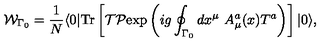
{ \cal W } _ { \Gamma { _ 0 } } = { \frac { 1 } { N } } \langle 0 | \mathrm { T r } \left[ { \cal T } { \cal P } \mathrm { e x p } \left( i g \oint _ { \Gamma { _ 0 } } d x ^ { \mu } \ A _ { \mu } ^ { a } ( x ) T ^ { a } \right) \right] | 0 \rangle ,